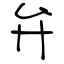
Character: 弁